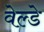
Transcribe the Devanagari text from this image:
वेल्डे